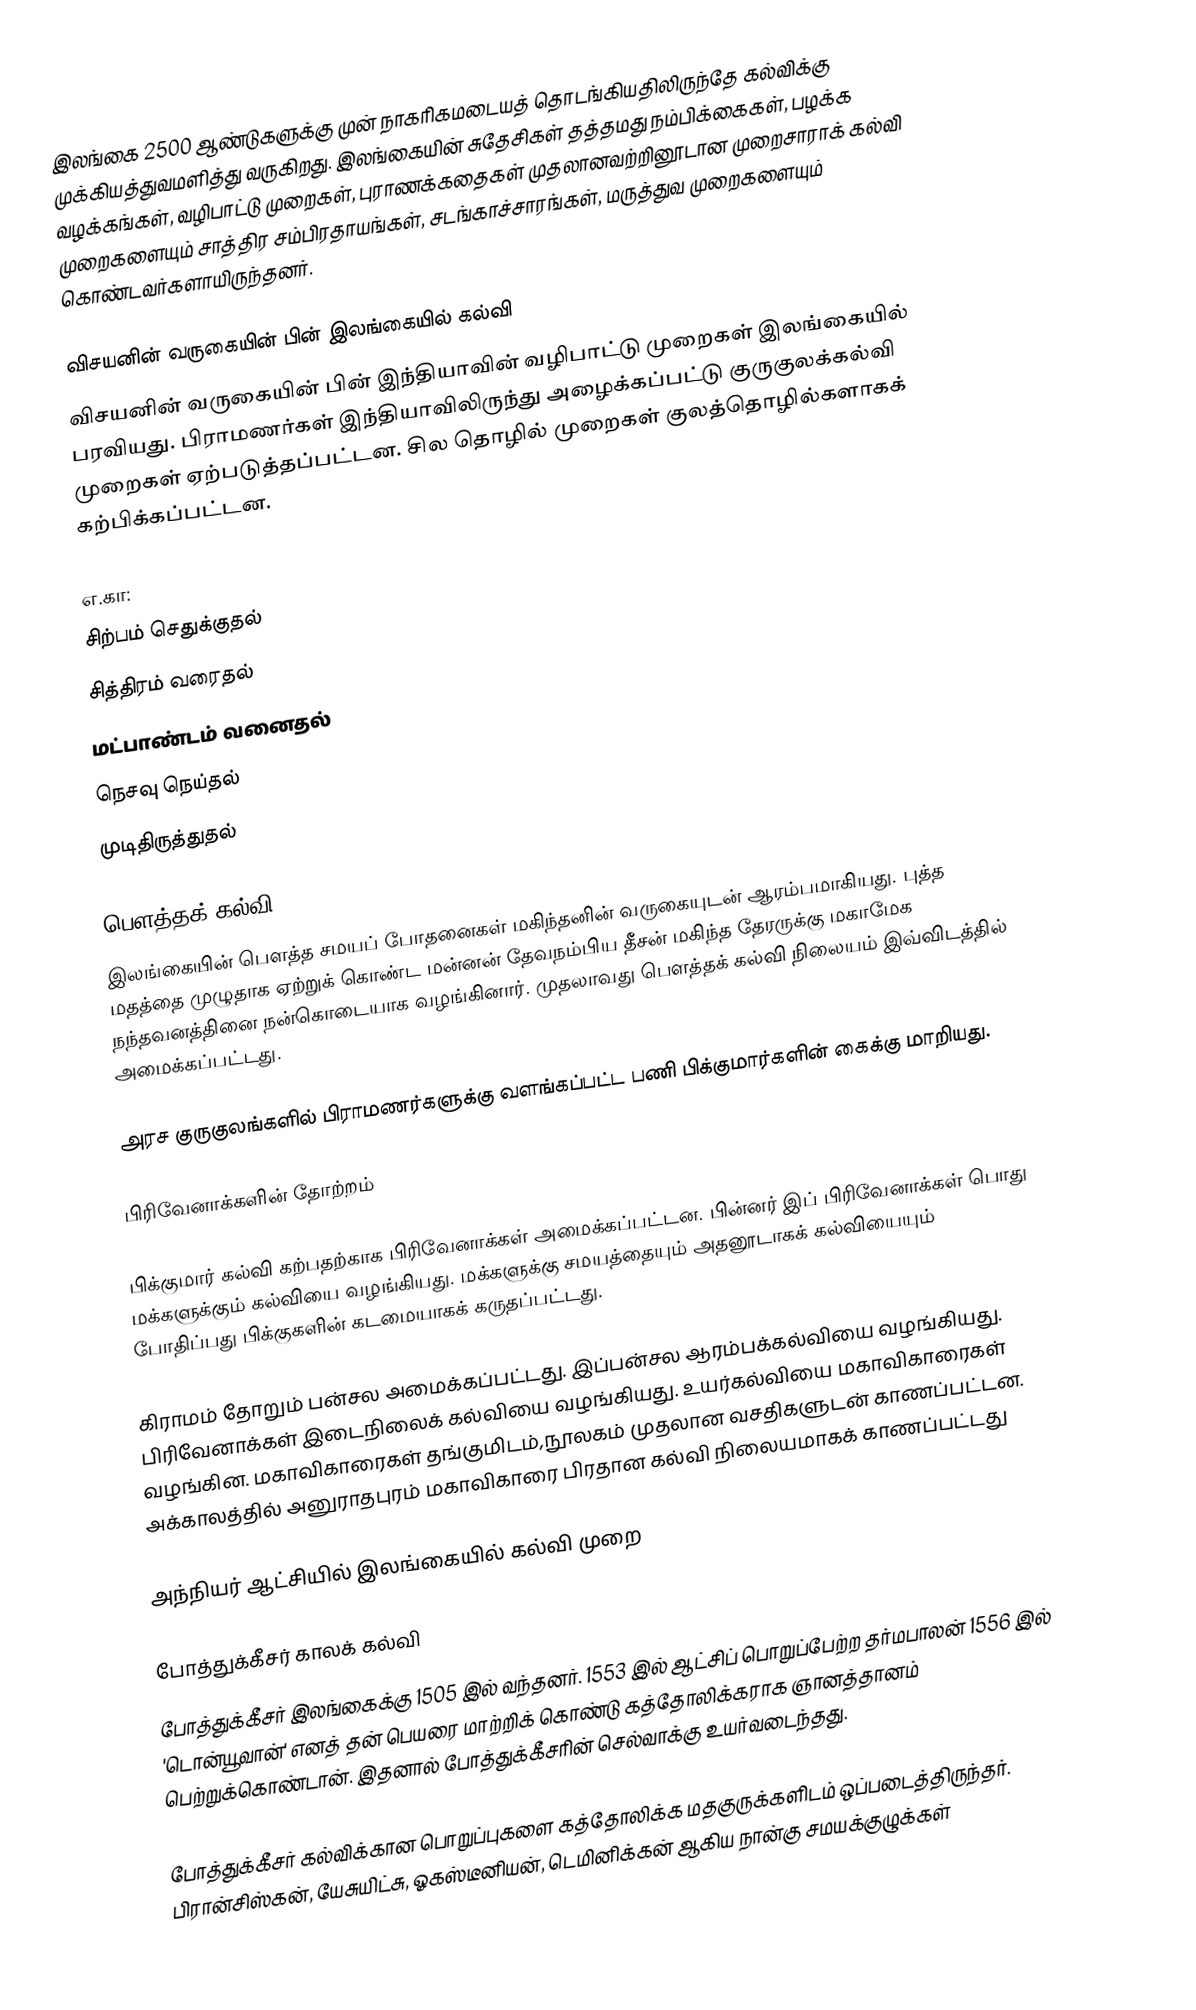
இலங்கை 2500 ஆண்டுகளுக்கு முன் நாகரிகமடையத் தொடங்கியதிலிருந்தே கல்விக்கு முக்கியத்துவமளித்து வருகிறது. இலங்கையின் சுதேசிகள் தத்தமது நம்பிக்கைகள், பழக்க வழக்கங்கள், வழிபாட்டு முறைகள், புராணக்கதைகள் முதலானவற்றினூடான முறைசாராக் கல்வி முறைகளையும் சாத்திர சம்பிரதாயங்கள், சடங்காச்சாரங்கள், மருத்துவ முறைகளையும் கொண்டவர்களாயிருந்தனர்.

விசயனின் வருகையின் பின் இலங்கையில் கல்வி
விசயனின் வருகையின் பின் இந்தியாவின் வழிபாட்டு முறைகள் இலங்கையில் பரவியது. பிராமணர்கள் இந்தியாவிலிருந்து அழைக்கப்பட்டு குருகுலக்கல்வி முறைகள் ஏற்படுத்தப்பட்டன. சில தொழில் முறைகள் குலத்தொழில்களாகக் கற்பிக்கப்பட்டன.

எ.கா:
சிற்பம் செதுக்குதல்
சித்திரம் வரைதல்
மட்பாண்டம் வனைதல்
நெசவு நெய்தல்
முடிதிருத்துதல்

பௌத்தக் கல்வி
இலங்கையின் பௌத்த சமயப் போதனைகள் மகிந்தனின் வருகையுடன் ஆரம்பமாகியது. புத்த மதத்தை முழுதாக ஏற்றுக் கொண்ட மன்னன் தேவநம்பிய தீசன் மகிந்த தேரருக்கு மகாமேக நந்தவனத்தினை நன்கொடையாக வழங்கினார். முதலாவது பௌத்தக் கல்வி நிலையம் இவ்விடத்தில் அமைக்கப்பட்டது.

அரச குருகுலங்களில் பிராமணர்களுக்கு வளங்கப்பட்ட பணி பிக்குமார்களின் கைக்கு மாறியது.

பிரிவேனாக்களின் தோற்றம்

பிக்குமார் கல்வி கற்பதற்காக பிரிவேனாக்கள் அமைக்கப்பட்டன. பின்னர் இப் பிரிவேனாக்கள் பொது மக்களுக்கும் கல்வியை வழங்கியது. மக்களுக்கு சமயத்தையும் அதனூடாகக் கல்வியையும் போதிப்பது பிக்குகளின் கடமையாகக் கருதப்பட்டது.

கிராமம் தோறும் பன்சல அமைக்கப்பட்டது. இப்பன்சல ஆரம்பக்கல்வியை வழங்கியது. பிரிவேனாக்கள் இடைநிலைக் கல்வியை வழங்கியது. உயர்கல்வியை மகாவிகாரைகள் வழங்கின. மகாவிகாரைகள் தங்குமிடம்,நூலகம் முதலான வசதிகளுடன் காணப்பட்டன. அக்காலத்தில் அனுராதபுரம் மகாவிகாரை பிரதான கல்வி நிலையமாகக் காணப்பட்டது

அந்நியர் ஆட்சியில் இலங்கையில் கல்வி முறை

போத்துக்கீசர் காலக் கல்வி
போத்துக்கீசர் இலங்கைக்கு 1505 இல் வந்தனர். 1553 இல் ஆட்சிப் பொறுப்பேற்ற தர்மபாலன் 1556 இல் 'டொன்யூவான்' எனத் தன் பெயரை மாற்றிக் கொண்டு  கத்தோலிக்கராக ஞானத்தானம் பெற்றுக்கொண்டான். இதனால் போத்துக்கீசரின் செல்வாக்கு உயர்வடைந்தது.

போத்துக்கீசர் கல்விக்கான பொறுப்புகளை கத்தோலிக்க மதகுருக்களிடம் ஒப்படைத்திருந்தர்.  பிரான்சிஸ்கன், யேசுயிட்சு, ஓகஸ்டீனியன், டெமினிக்கன் ஆகிய நான்கு சமயக்குழுக்கள்